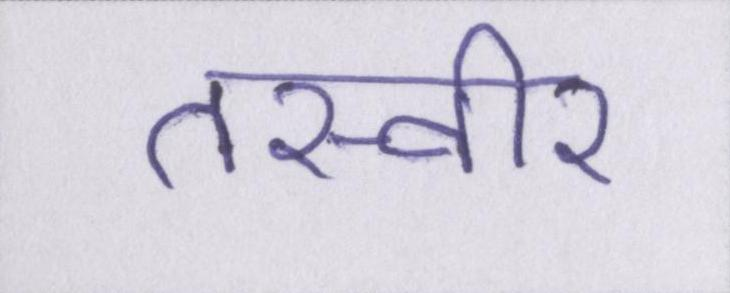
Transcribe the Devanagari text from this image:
तस्वीर